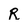
Character: R